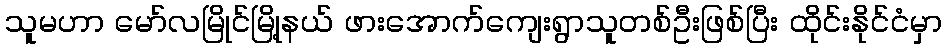
သူမဟာ မော်လမြိုင်မြို့နယ် ဖားအောက်ကျေးရွာသူတစ်ဦးဖြစ်ပြီး ထိုင်းနိုင်ငံမှာ